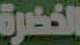
الخضرة